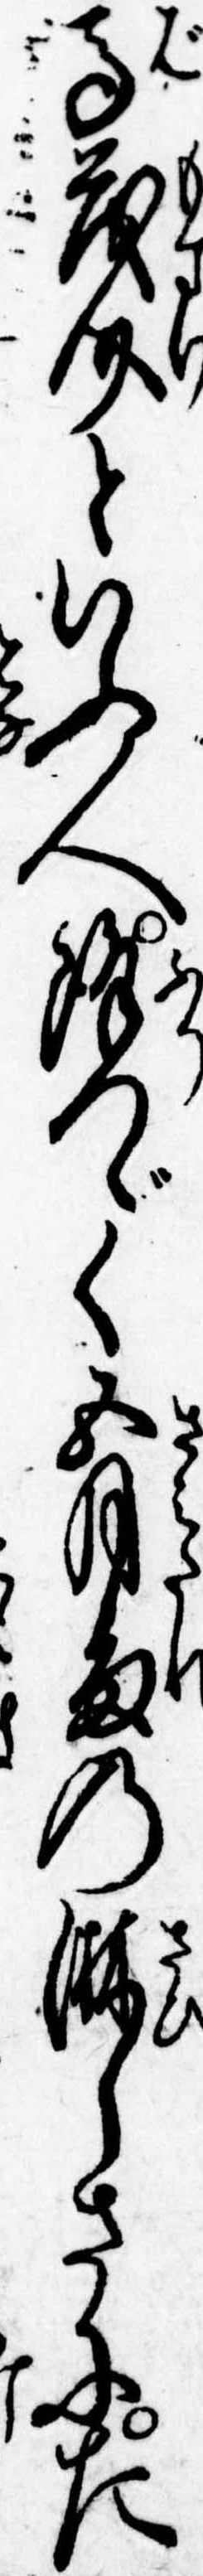
馬茂介といふ人降つゞく五月雨の淋しさにた